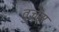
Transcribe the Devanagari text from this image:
वुज़ेम